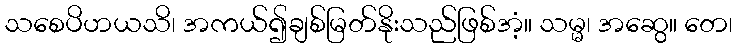
သစေပိဟယသိ၊ အကယ်၍ချစ်မြတ်နိုးသည်ဖြစ်အံ့။ သမ္မ၊ အဆွေ။ တေ၊